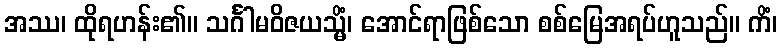
အဿ၊ ထိုရဟန်း၏။ သင်္ဂါမဝိဇယသ္မိံ၊ အောင်ရာဖြစ်သော စစ်မြေအရပ်ဟူသည်။ ကိံ၊